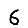
Digit: 6